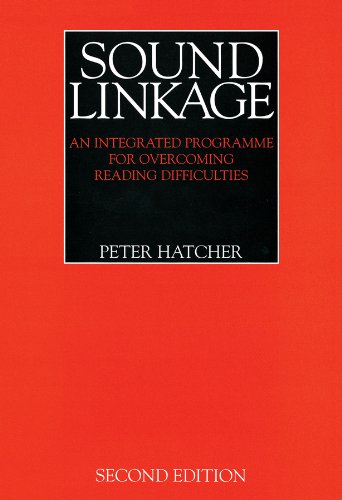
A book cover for Sound Linkage (Exc Business And Economy (Whurr)); Peter J. Hatcher; Health, Fitness & Dieting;